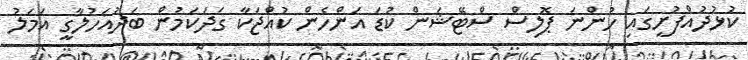
ކުޅުދުއްފުށީގައި ހުންނަ ޕޮލިސް ސްޓޭޝަން ކުޑަ އަންހެން ކުއްޖަކާ ގަދަކަމުން ބަދުއަހުލާގީ އަމަލު